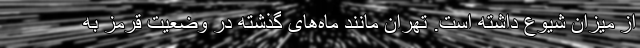
از میزان شیوع داشته است. تهران مانند ماه‌های گذشته در وضعیت قرمز به